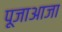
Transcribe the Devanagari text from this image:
पूजाआजा